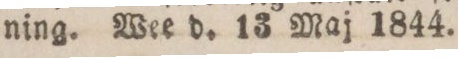
ning. Wee d. 13 Maj 1844.